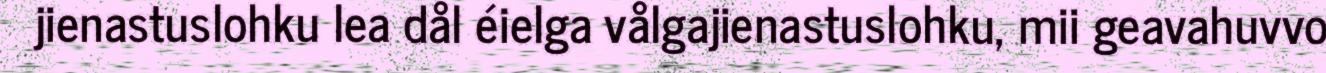
jienastuslohku lea dål éielga vålgajienastuslohku, mii geavahuvvo